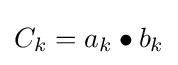
C_{k}=a_{k}\bullet b_{k}